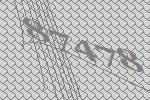
87478